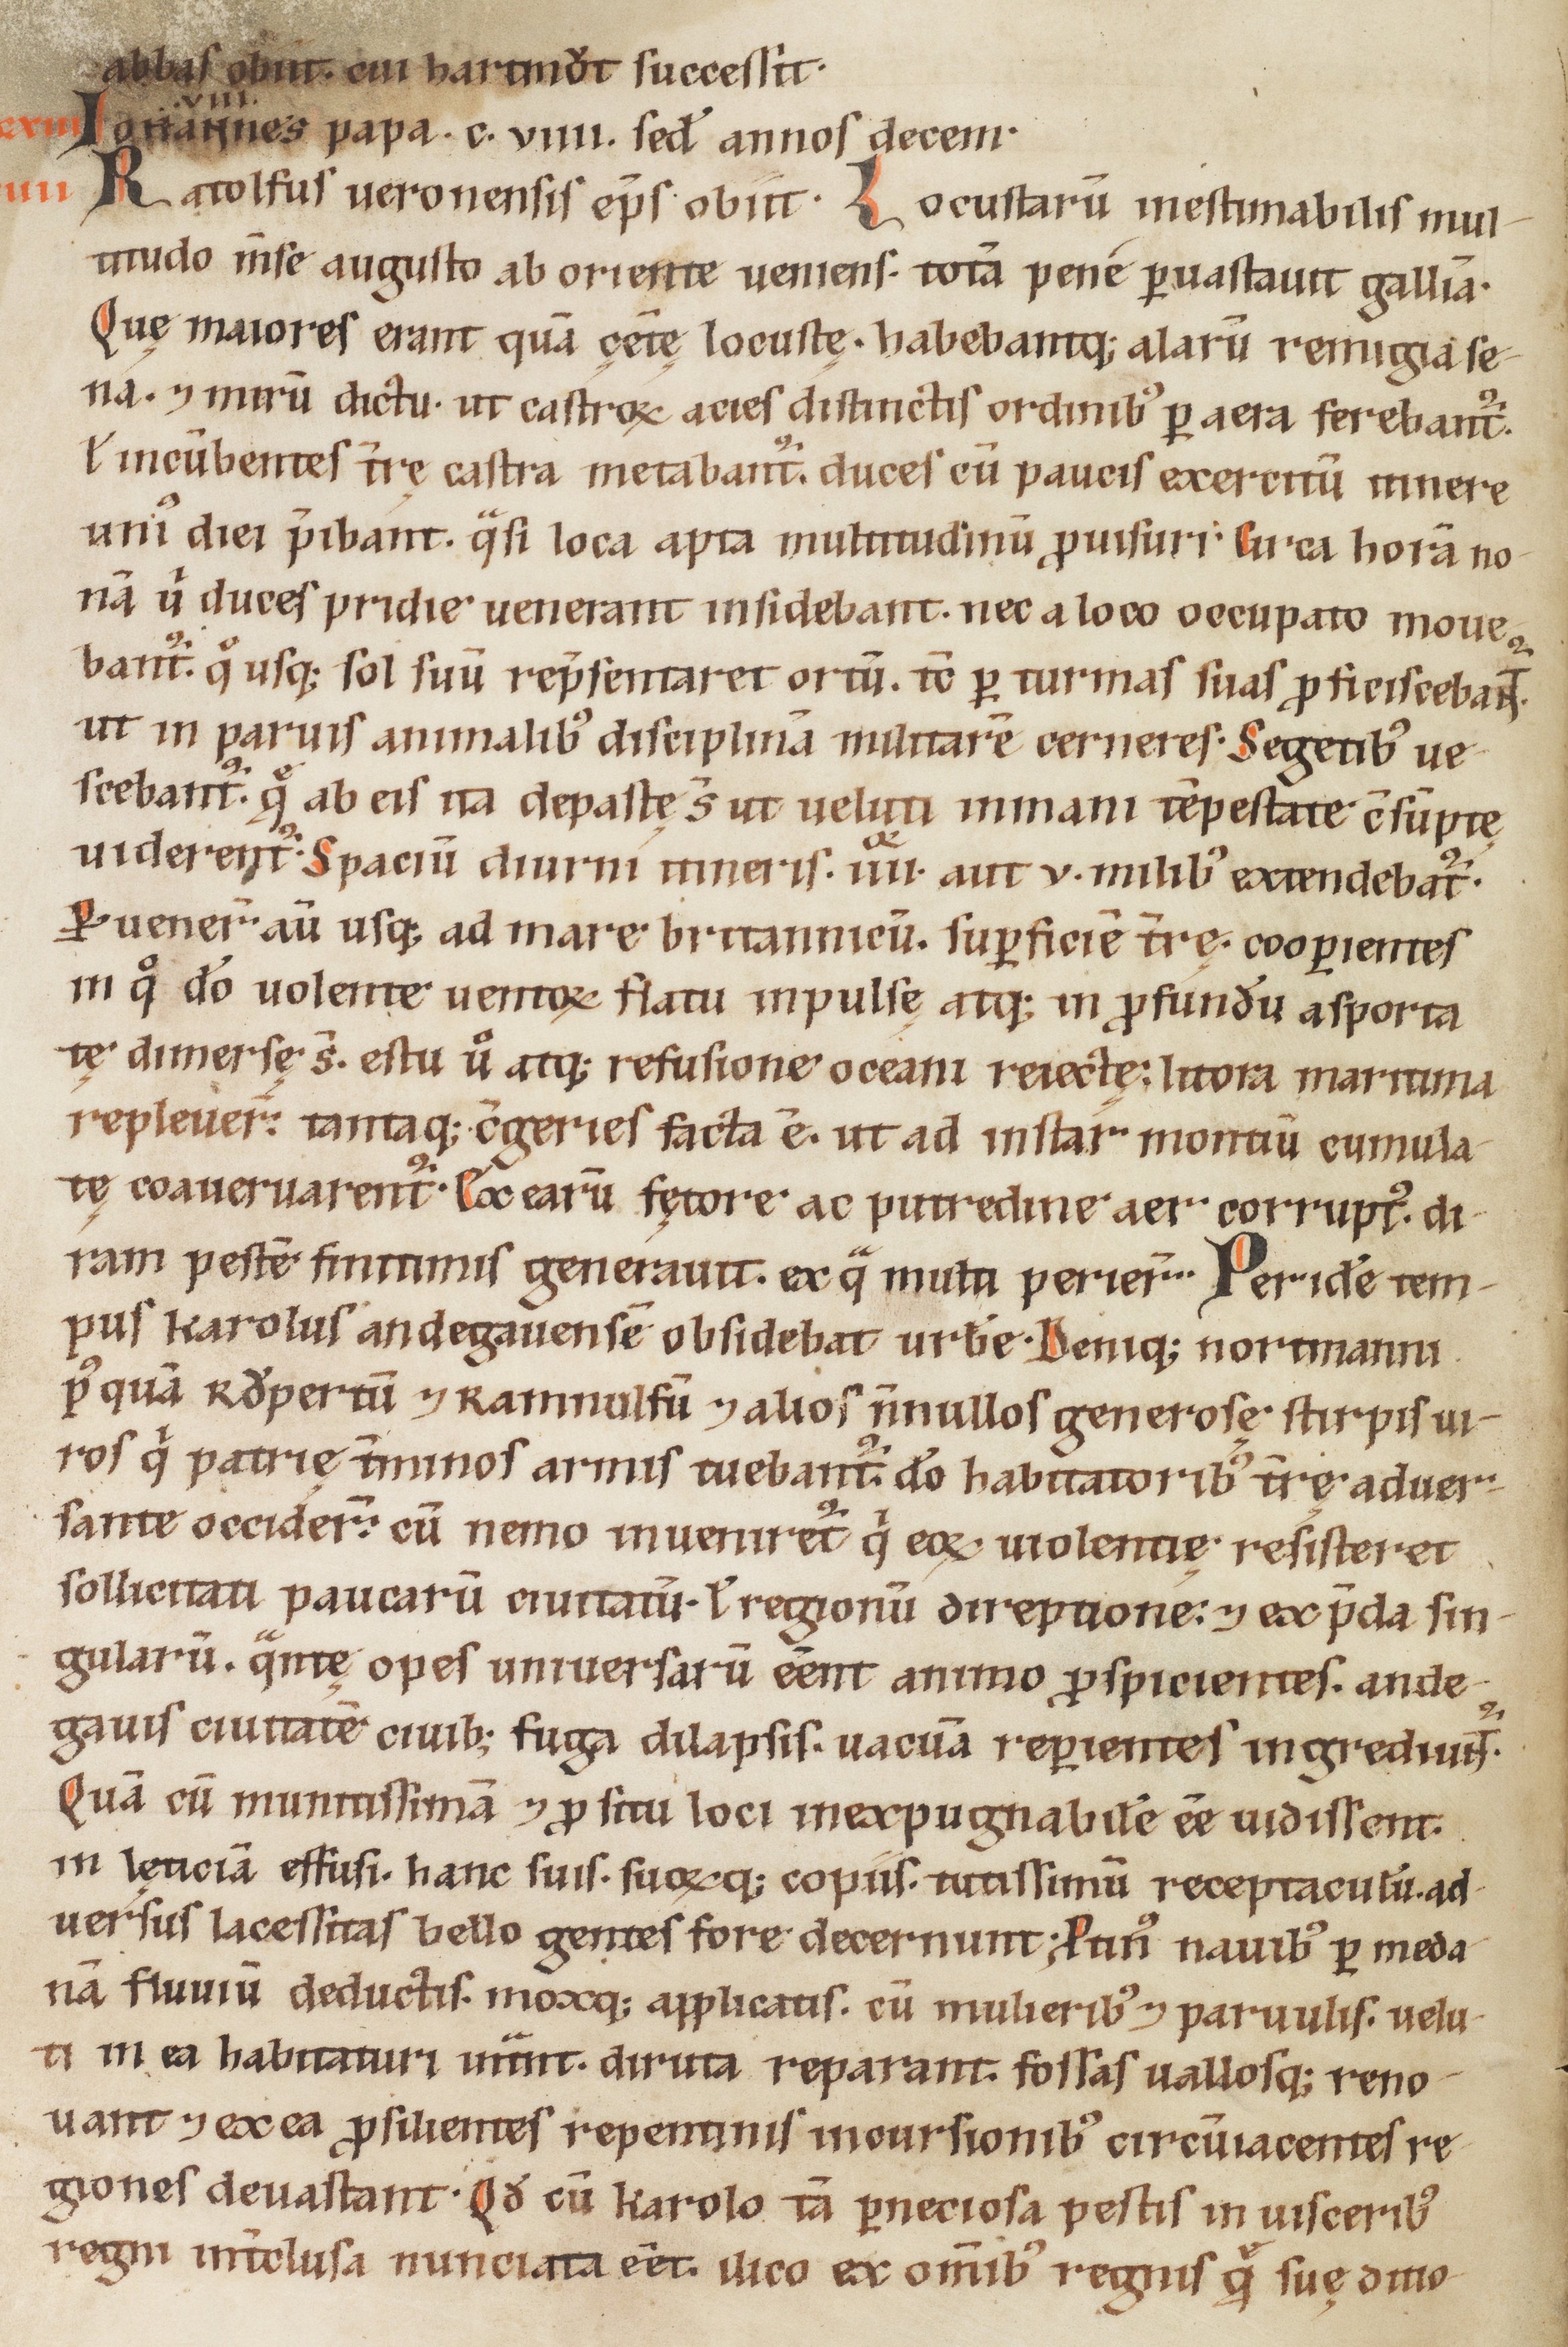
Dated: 1160–1190